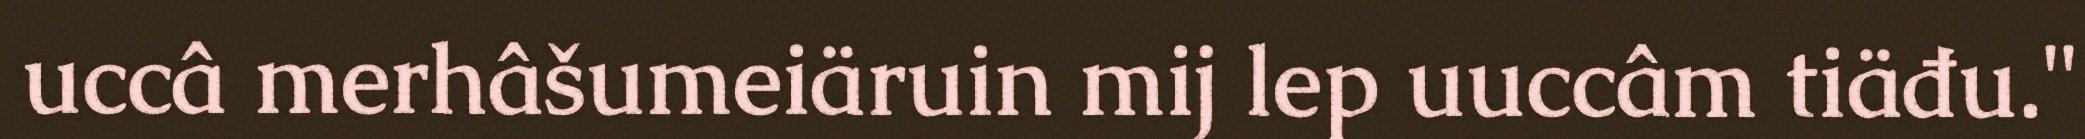
uccâ merhâšumeiäruin mij lep uuccâm tiäđu."